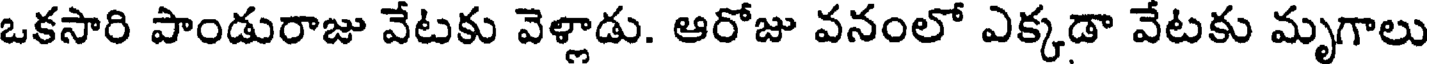
ఒకసారి పాండురాజు వేటకు వెళ్లాడు. ఆరోజు వనంలో ఎక్కడా వేటకు మృగాలు